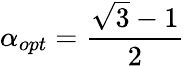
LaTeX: \alpha_{opt}=\frac{\sqrt{3}-1}{2}